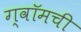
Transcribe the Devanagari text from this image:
ग्वॉमची